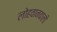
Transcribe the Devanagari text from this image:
लोहवानवाली